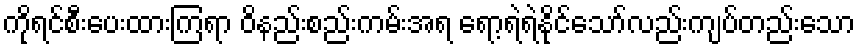
ကိုရင်စီးပေးထားကြရာ ဝိနည်းစည်းကမ်းအရ ရော့ရဲရဲနိုင်သော်လည်းကျပ်တည်းသော